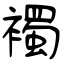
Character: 襡